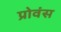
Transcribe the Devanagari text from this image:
प्रोवंस